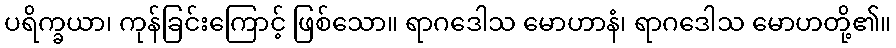
ပရိက္ခယာ၊ ကုန်ခြင်းကြောင့် ဖြစ်သော။ ရာဂဒေါသ မောဟာနံ၊ ရာဂဒေါသ မောဟတို့၏။